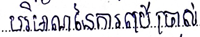
បរិមាណនៃការប្រើប្រាស់